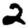
Digit: 2